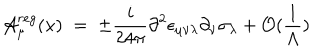
LaTeX: { \cal A } _ { \mu } ^ { r e g } ( x ) \; = \; \pm \frac { i } { 2 4 \pi } \partial ^ { 2 } \epsilon _ { \mu \nu \lambda } \partial _ { \nu } \sigma _ { \lambda } + { \cal O } ( \frac { 1 } { \Lambda } )